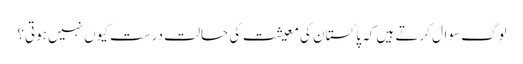
لوگ سوال کرتے ہیں کہ پاکستان کی معیشت کی حالت درست کیوں نہیں ہوتی؟